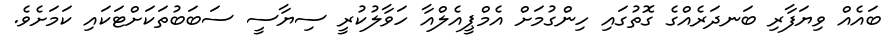
ބައެއް ވިޔަފާރި ބަނދަރެއްގެ ގޮތުގައި ހިންގުމަށް އެމްޕީއެލްއާ ހަވާލުކުރީ ސިޔާސީ ސަބަބުތަކަށްޓަކައި ކަމަށެވެ.